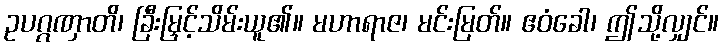
ဥပဂ္ဂဏှာတိ၊ ခြီးမြှင့်သိမ်းယူ၏။ မဟာရာဇ၊ မင်းမြတ်။ ဧဝံခေါ၊ ဤသို့လျှင်။